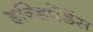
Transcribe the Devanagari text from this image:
इन्डिपेंडेंस